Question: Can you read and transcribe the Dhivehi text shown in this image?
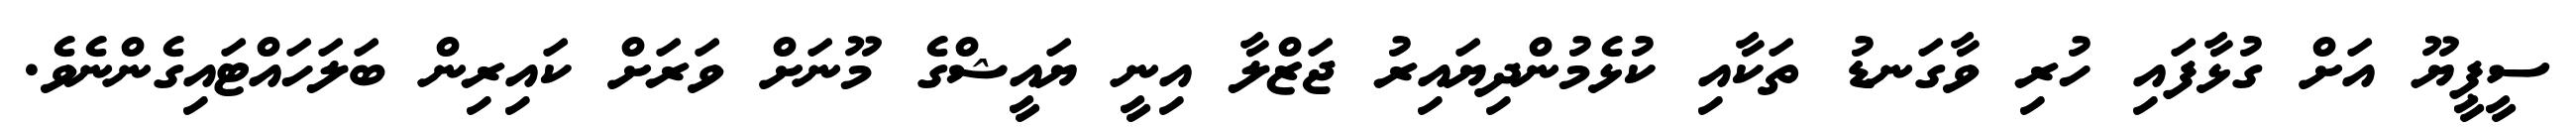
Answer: ސީޕީޔޫ އަށް ގުޅާފައި ހުރި ވާގަނޑު ތަކާއި ކުޅެމުންދިޔައިރު ޖަޒްލާ އިނީ ޔައީޝްގެ މޫނަށް ވަރަށް ކައިރިން ބަލަހައްޓައިގެންނެވެ.